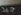
جيد